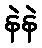
နဲနဲ